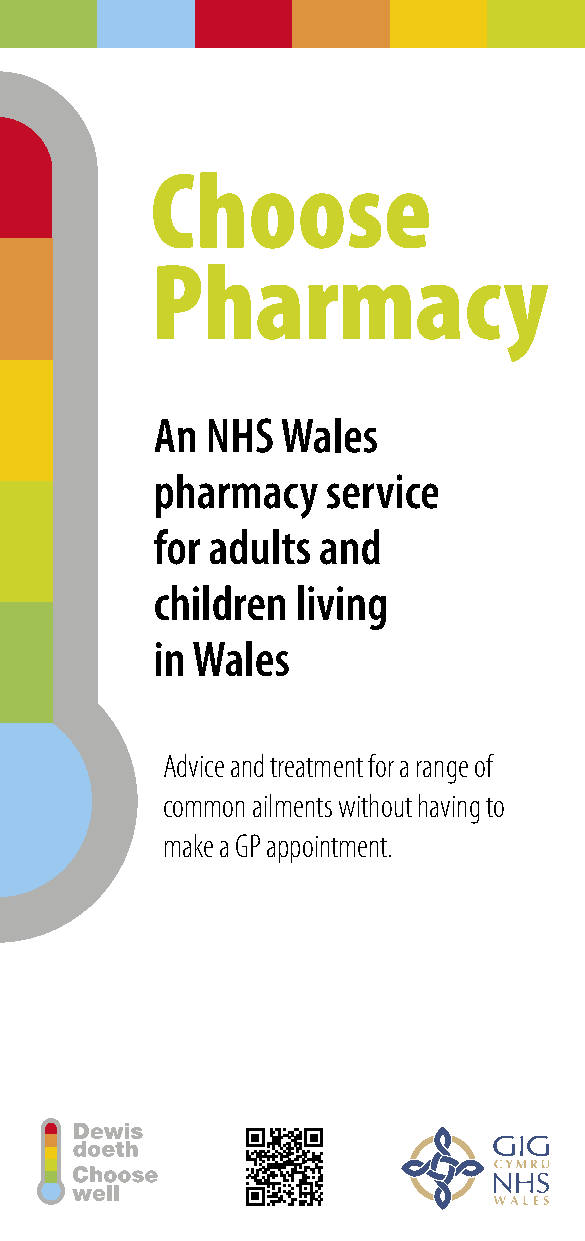
Choose
 Pharmacy
 An  NHS  Wales
 pharmacy    service
 for adults and
 children  living
 in Wales
 Advice and treatment for a range of
 common ailments without having to
 make a GP appointment.